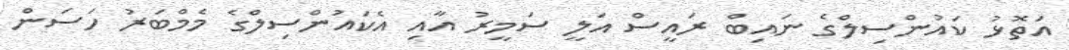
އަތޮޅު ކައުންސިލްގެ ނައިބް ރައީސް އަލީ ސަމީރު އާއި އެކައުންސިލްގެ މެމްބަރު ހަސަން